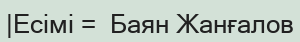
|Есімі =  Баян Жанғалов